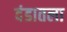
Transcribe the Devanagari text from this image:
दंडातला